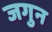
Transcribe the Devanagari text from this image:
जगुन